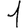
Digit: 1